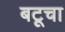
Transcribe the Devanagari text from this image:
बटूचा